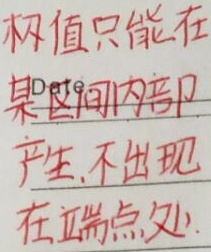
极值只能在某区间内部产生,不出现在端点处.